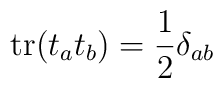
{\rm tr} (t_a t_b) = \frac{1}{2} \delta_{ab}